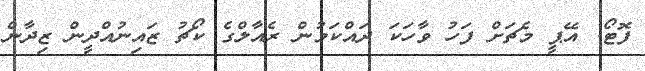
ފޮޓޯ: އޭޕީ މެޗަށް ފަހު ވާހަކަ ދައްކަމުން ރެއާލްގެ ކޯޗު ޒައިނުއްދީން ޒިދާން